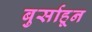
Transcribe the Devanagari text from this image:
बुर्साहून